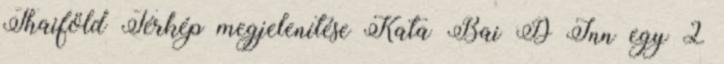
Thaiföld Térkép megjelenítése Kata Bai D Inn egy 2